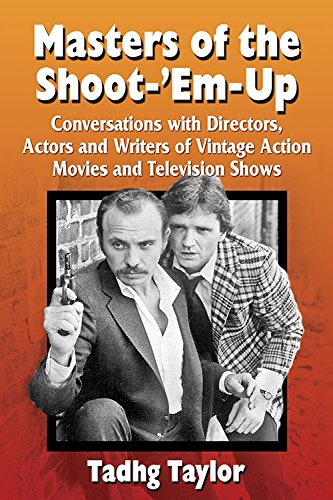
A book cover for Masters of the Shoot-'Em-Up: Conversations With Directors, Actors and Writers of Vintage Action Movies and Television Shows; Tadhg Taylor; Humor & Entertainment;